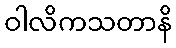
ဝါလိကသတာနိ